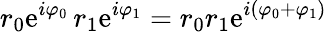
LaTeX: r_{0}\mathrm{e}^{i\varphi_{0}}\, r_{1}\mathrm{e}^{i\varphi_{1}}=r_{0}r_{1}\mathrm{e}^{i\left(\varphi_{0}+\varphi_{1}\right)}